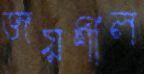
জয়শীল